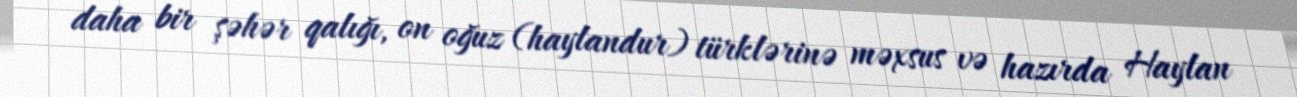
daha bir şəhər qalığı, on oğuz (haylandur) türklərinə məxsus və hazırda Haylan